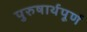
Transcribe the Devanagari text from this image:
पुरुषार्थपूर्ण